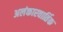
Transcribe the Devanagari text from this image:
अलंकारवार्तिक